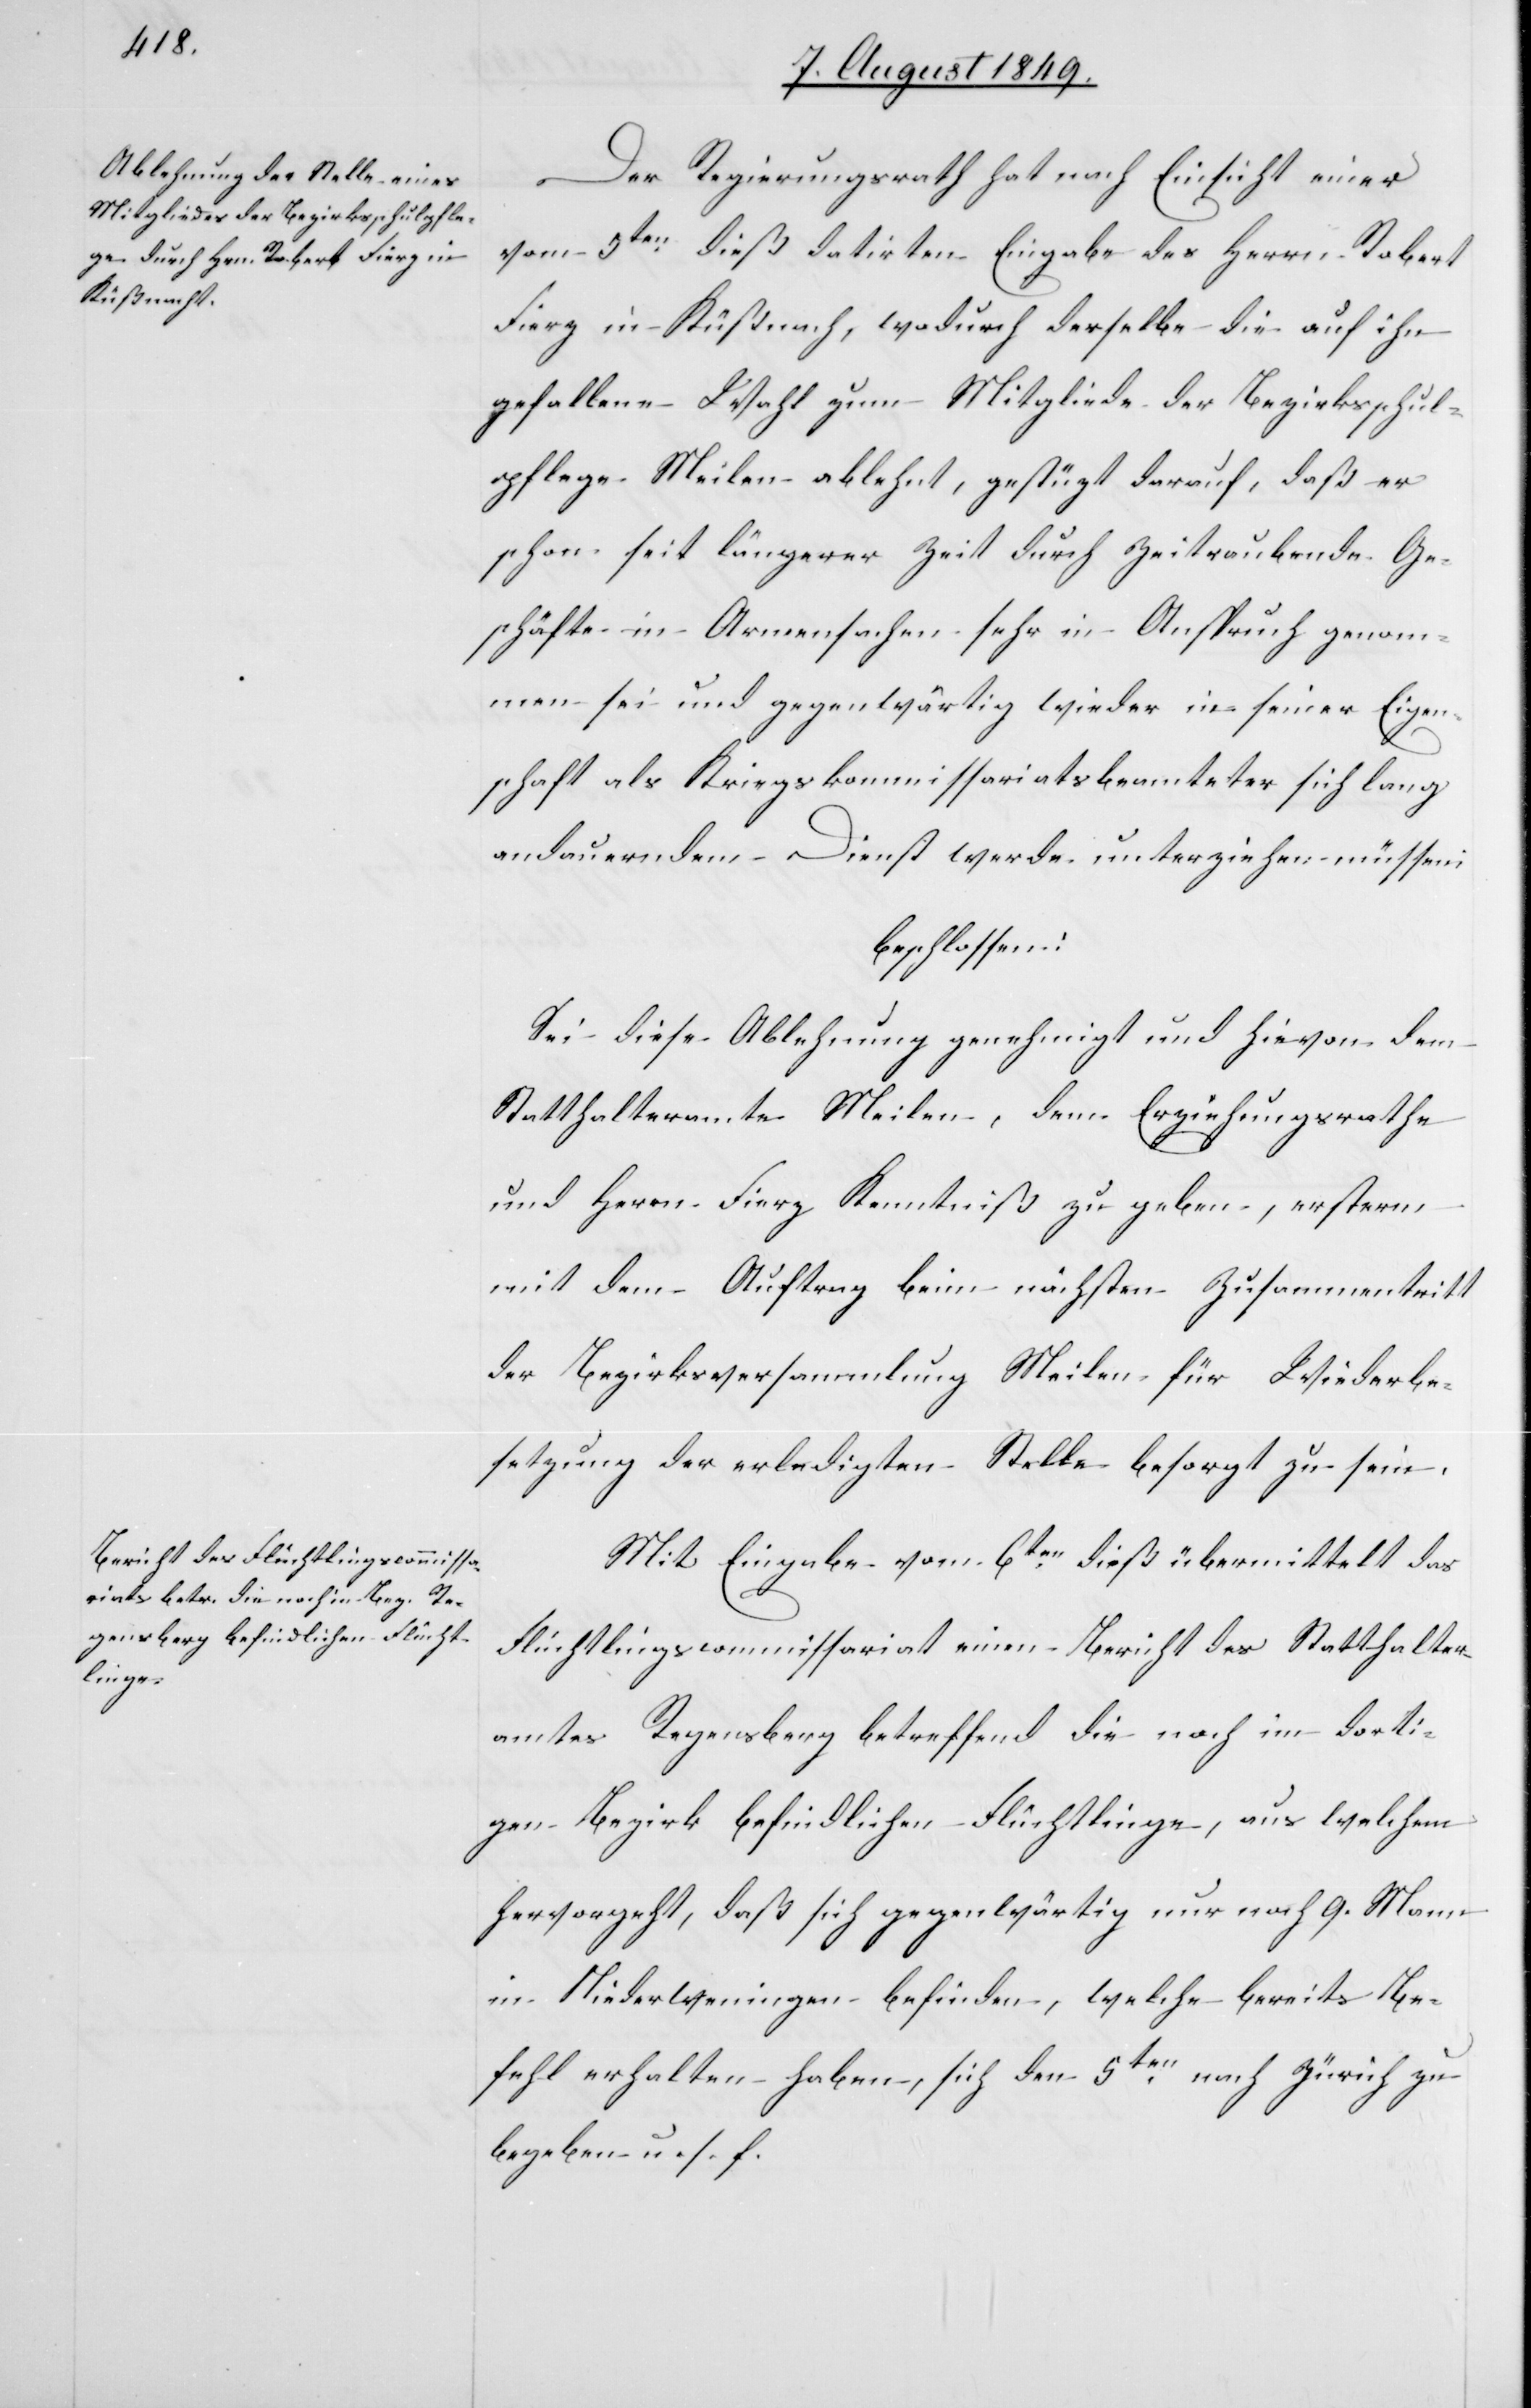
Der Regierungsrath hat nach Einsicht einer
vom 5ten dieß datirten Eingabe des Herrn Robert
Fierz in Küßnach [sic!], wodurch derselbe die auf ihn
gefallene Wahl zum Mitgliede der Bezirksschul¬
pflege Meilen ablehnt, gestützt darauf, daß er
schon seit längerer Zeit durch Zeitraubende Ge¬
schäfte in Armensachen sehr in Anspruch genom¬
men sei und gegenwärtig wieder in seiner Eigen¬
schaft als Kriegskommissariatsbeamteter sich lang
andauernden Dienst werde unterziehen müssen;
beschlossen:
Sei diese Ablehnung genehmigt und hievon dem
Statthalteramte Meilen, dem Erziehungsrathe
und Herrn Fierz Kenntniß zu geben, ersterm
mit dem Auftrag beim nächsten Zusammentritt
der Bezirksversammlung Meilen für Wiederbe¬
setzung der erledigten Stelle besorgt zu sein.
Mit Eingabe vom 6ten dieß übermittelt das
Flüchtlingscommissariat einen Bericht des Statthalter¬
amtes Regensberg betreffend die noch im dorti¬
gen Bezirk befindlichen Flüchtlinge, aus welchem
hervorgeht, daß sich gegenwärtig nur nach 9. Mann
in Niederweningen befinden, welche bereits Be¬
fehl erhalten haben, sich den 5ten nach Zürich zu
begeben u. s. f.